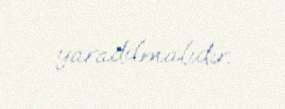
yaradılmalıdır.